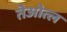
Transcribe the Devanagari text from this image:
तेओत्ल